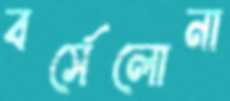
বর্সেলোনা